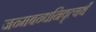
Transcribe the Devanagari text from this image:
जन्मबन्धनिवृत्यर्थं